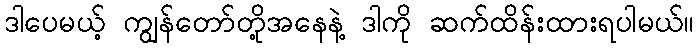
ဒါပေမယ့် ကျွန်တော်တို့အနေနဲ့ ဒါကို ဆက်ထိန်းထားရပါမယ်။